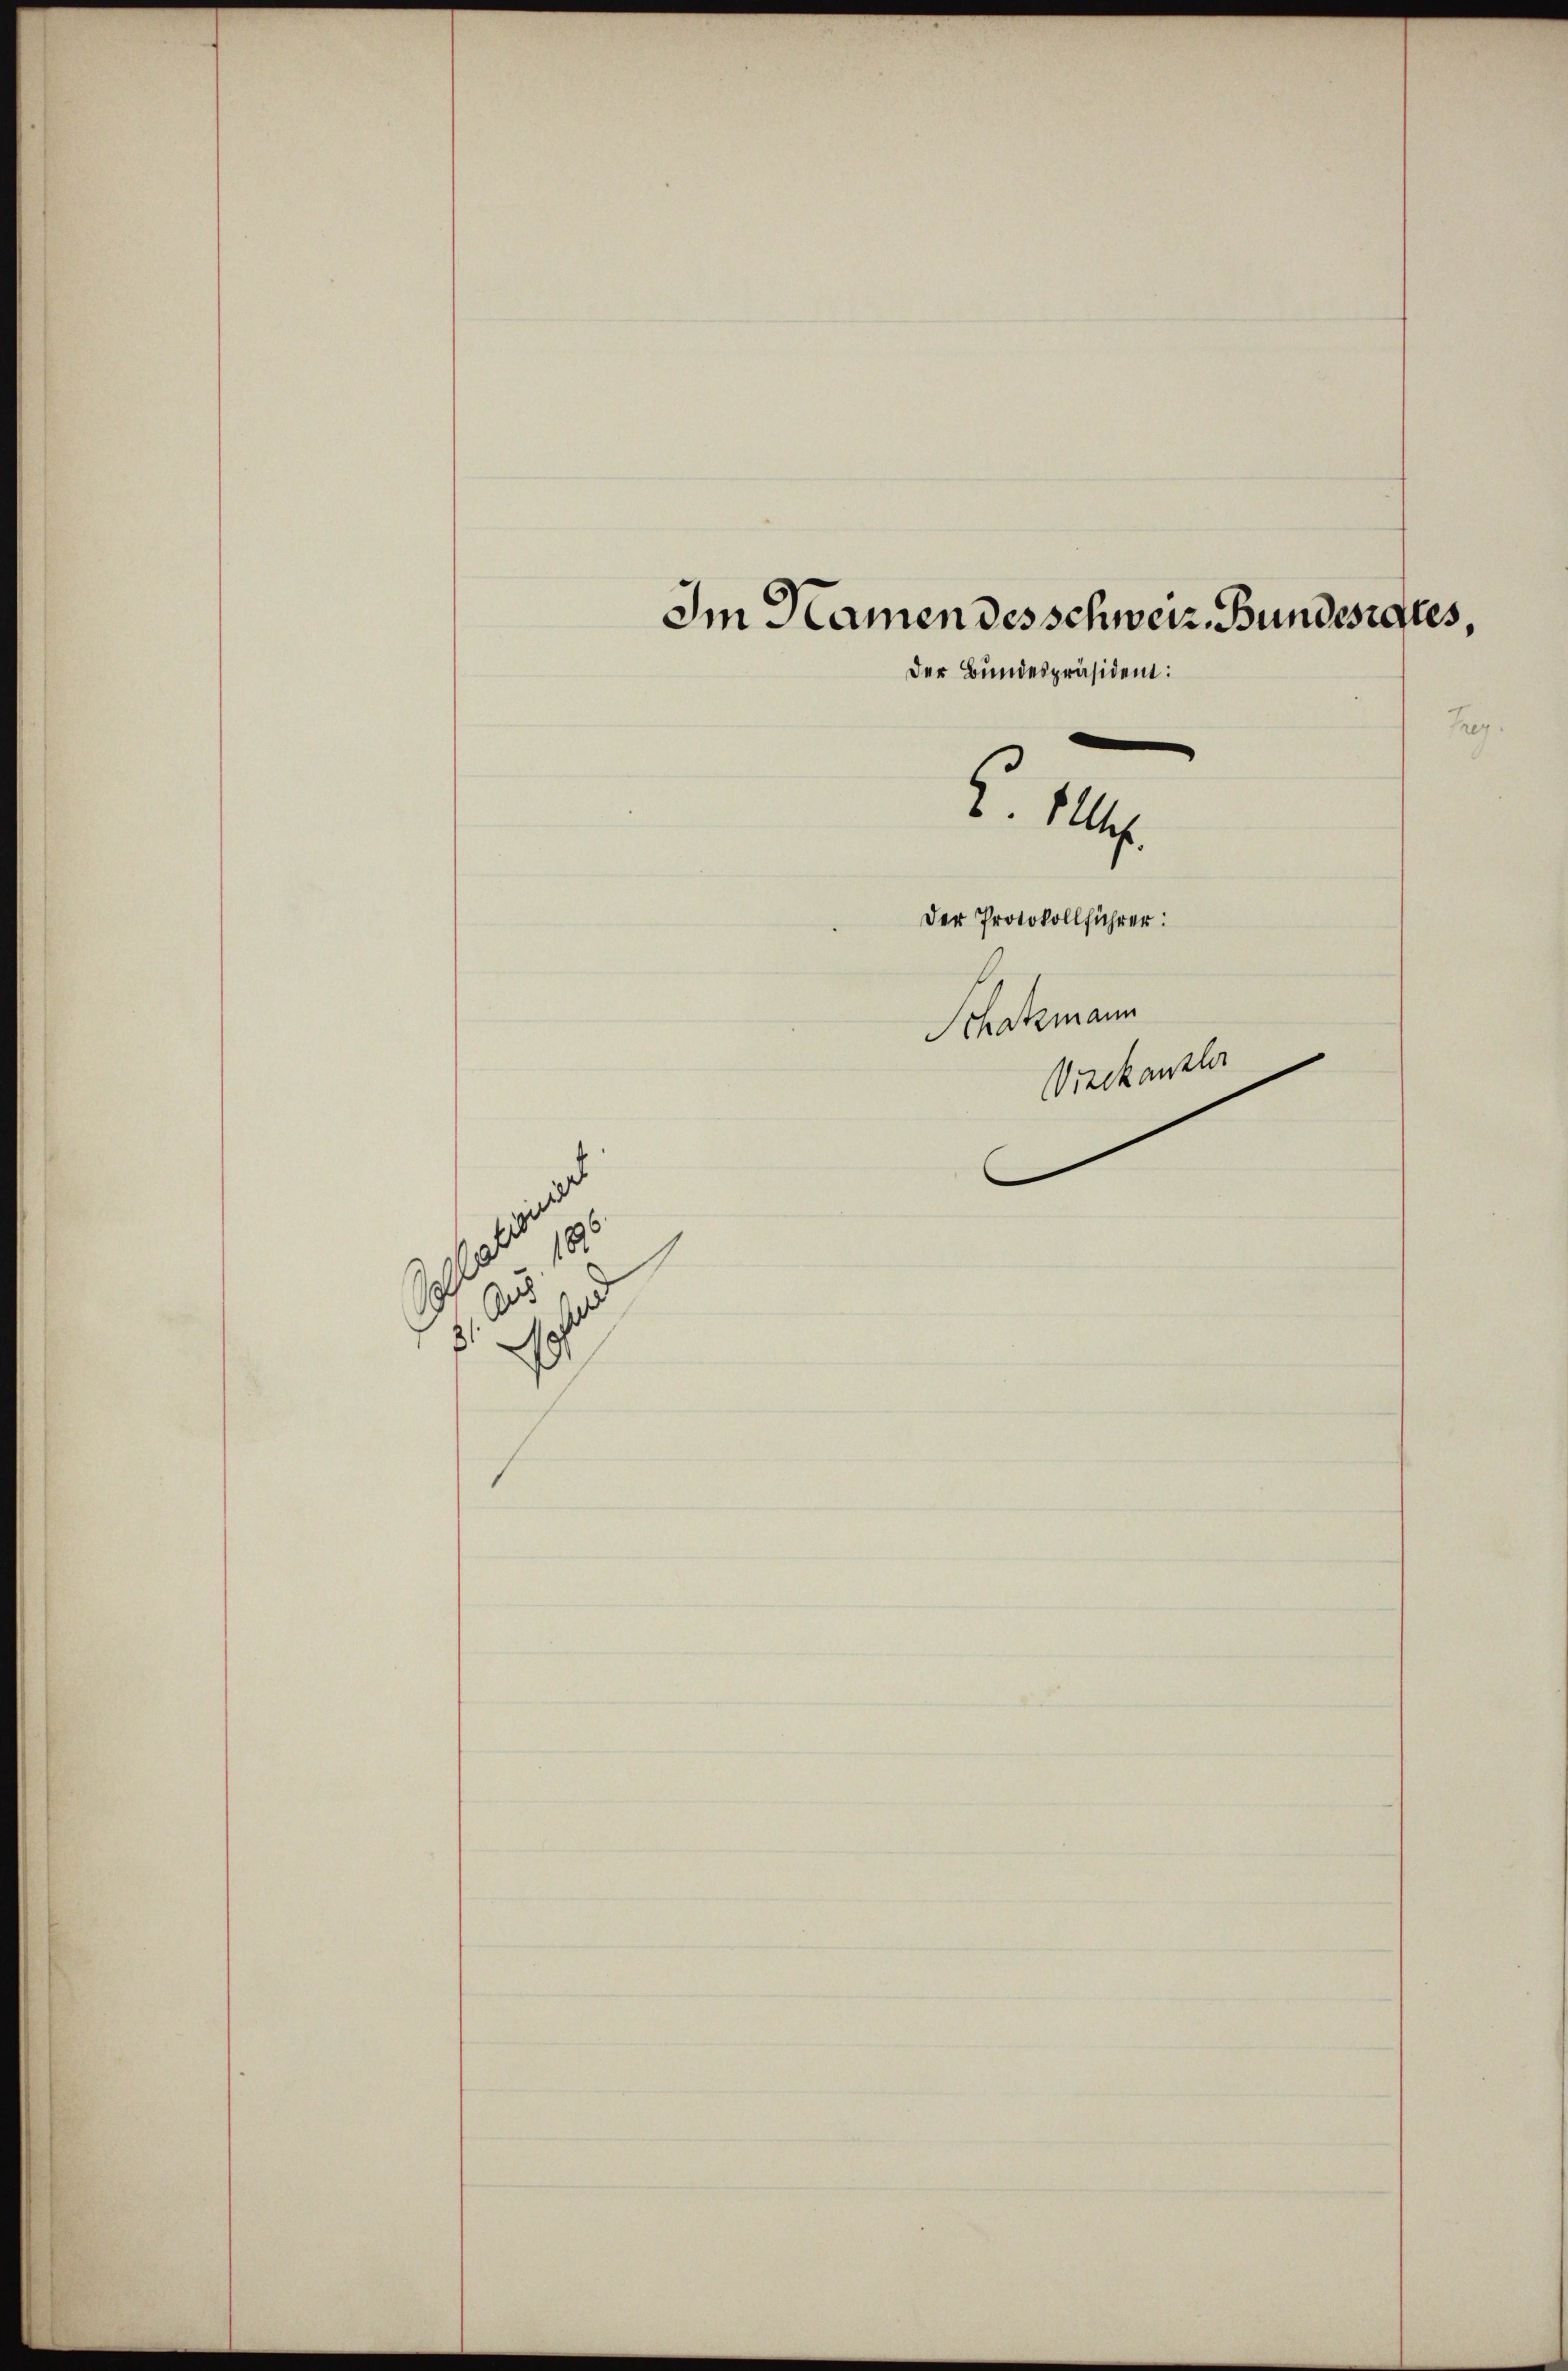
18.

Im Namen des schweiz. Bundesrates,
Der Bundespräsident:
Der Protokollführer:
Schatzmann
Vieckanzler

Z. 119.

hreg